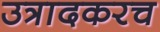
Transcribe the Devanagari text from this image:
उत्रादकरच